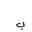
Letter: _ba